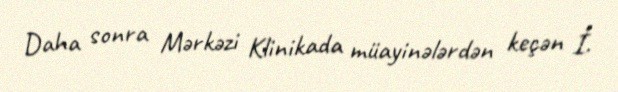
Daha sonra Mərkəzi Klinikada müayinələrdən keçən İ.